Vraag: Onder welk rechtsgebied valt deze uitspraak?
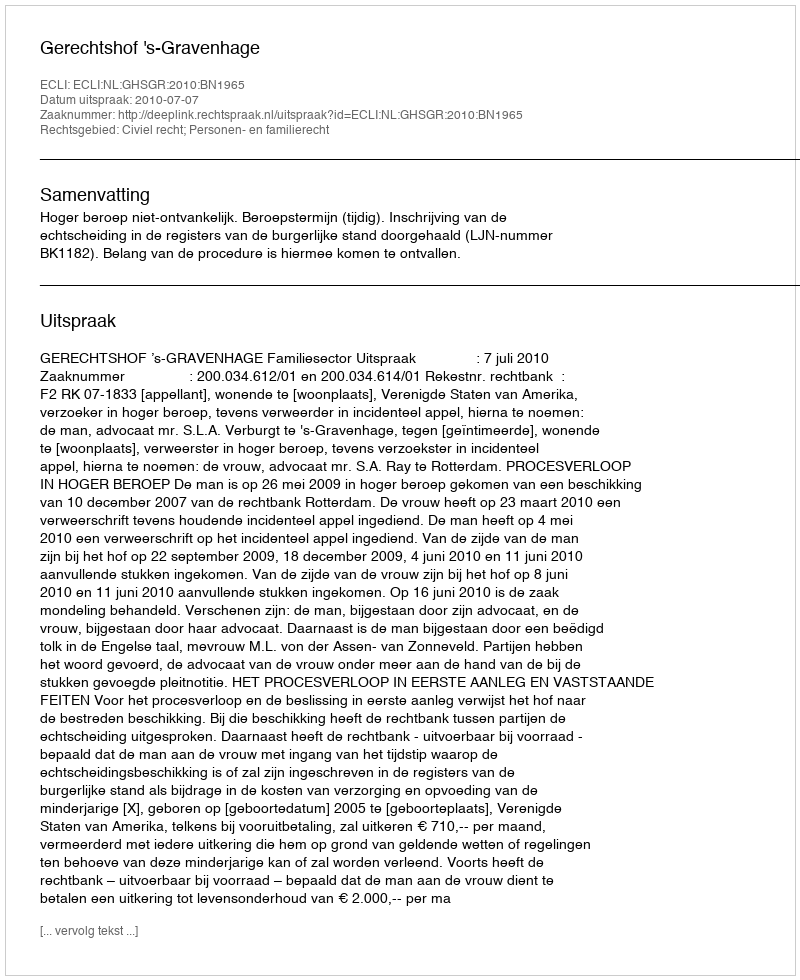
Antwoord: Civiel recht; Personen- en familierecht